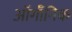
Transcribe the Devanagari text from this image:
ऑर्गॉनिक